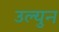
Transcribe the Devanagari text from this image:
उल्युन